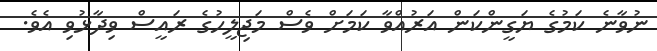
ނުވާނެ ކަމުގެ ޔަގީންކަން އަރުއްވާ ކަމަށް ވެސް މަޖިލީހުގެ ރައީސް ވިދާޅުވި އެވެ.